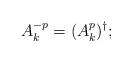
LaTeX: \begin{align*}A^{-p}_k = (A^p_k)^\dagger;\end{align*}